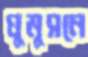
ঘুমুসনে